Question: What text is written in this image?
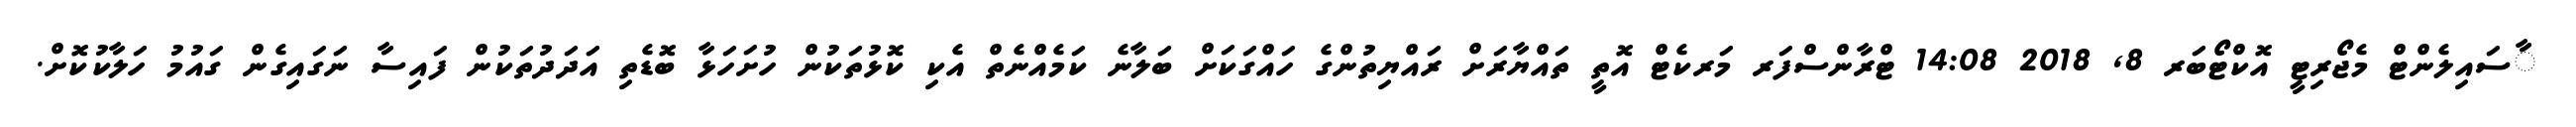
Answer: ާސައިލެންޓް މެޖޯރިޓީ އޮކްޓޯބަރ 8, 2018 14:08 ޓްރާންސްފަރ މަރކެޓް އޮތީ ތައްޔާރަށް ރައްޔިތުންގެ ހައްގަކަށް ބަލާނެ ކަމެއްނެތް އެކި ކޮޅުތަކުން ހުށަހަޅާ ބޮޑެތި އަދަދުތަކުން ފައިސާ ނަގައިގެން ގައުމު ހަލާކުކޮށް.